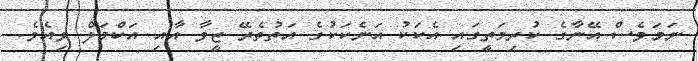
ނަމަވެސް އޭނާގެ ކުރިމަތީގައި އެކަކު އަނެކަކުގެ އަތުތެރޭ ޒީވާ އާއި އަކްމަލް ވިއެވެ.